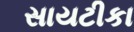
સાયટીકા